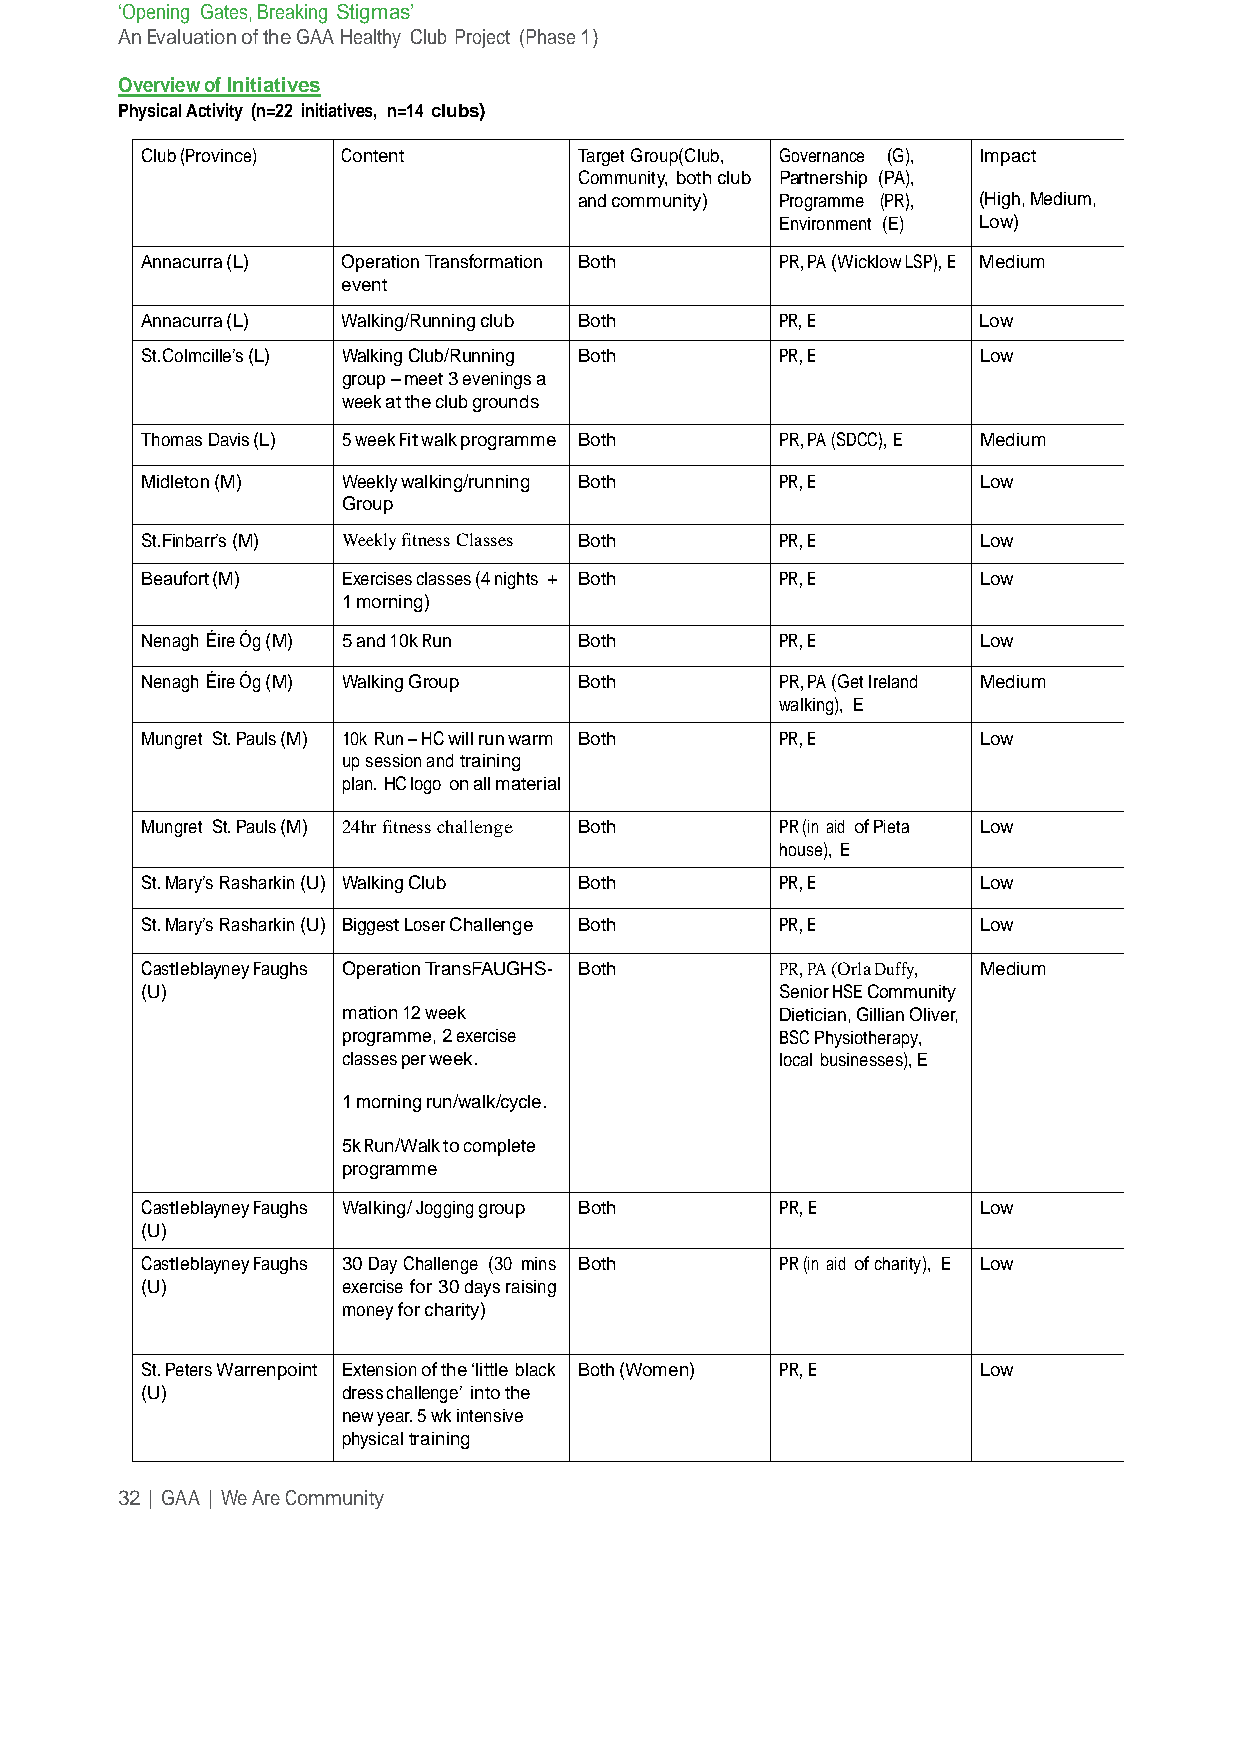
‘Opening Gates, Breaking Stigmas’
 An Evaluation of the GAA Healthy Club Project (Phase 1)
 Overview of Initiatives
 Physical Activity (n=22 initiatives, n=14 clubs)
 Club (Province) Content      Target Group(Club, Governance (G), Impact
 Community, both club Partnership (PA),
 and community) Programme (PR), (High, Medium,
 Environment (E) Low)
 Annacurra (L) Operation Transformation Both PR, PA (Wicklow LSP), E Medium
 event
 Annacurra (L) Walking/Running club Both    PR, E        Low
 St.Colmcille’s (L) Walking Club/Running Both PR, E      Low
 group – meet 3 evenings a
 week at the club grounds
 Thomas Davis (L) 5 week Fit walk programme Both PR, PA (SDCC), E Medium
 Midleton (M)  Weekly walking/running Both  PR, E        Low
 Group
 St.Finbarr’s (M) Weekly fitness Classes Both PR, E      Low
 Beaufort (M)  Exercises classes (4 nights + Both PR, E  Low
 1 morning)
 Nenagh Éire Óg (M) 5 and 10k Run Both      PR, E        Low
 Nenagh Éire Óg (M) Walking Group Both      PR, PA (Get Ireland Medium
 walking), E
 Mungret St. Pauls (M) 10k Run – HC will run warm Both PR, E Low
 up session and training
 plan. HC logo on all material
 Mungret St. Pauls (M) 24hr fitness challenge Both PR (in aid of Pieta Low
 house), E
 St. Mary’s Rasharkin (U) Walking Club Both PR, E        Low
 St. Mary’s Rasharkin (U) Biggest Loser Challenge Both PR, E Low
 Castleblayney Faughs Operation TransFAUGHS- Both PR, PA (Orla Duffy, Medium
 (U)                                        Senior HSE Community
 mation 12 week               Dietician, Gillian Oliver,
 programme, 2 exercise        BSC Physiotherapy,
 classes per week.            local businesses), E
 1 morning run/walk/cycle.
 5k Run/Walk to complete
 programme
 Castleblayney Faughs Walking/ Jogging group Both PR, E  Low
 (U)
 Castleblayney Faughs 30 Day Challenge (30 mins Both PR (in aid of charity), E Low
 (U)           exercise for 30 days raising
 money for charity)
 St. Peters Warrenpoint Extension of the ‘little black Both (Women) PR, E Low
 (U)           dress challenge’ into the
 new year. 5 wk intensive
 physical training
 32 | GAA | We Are Community